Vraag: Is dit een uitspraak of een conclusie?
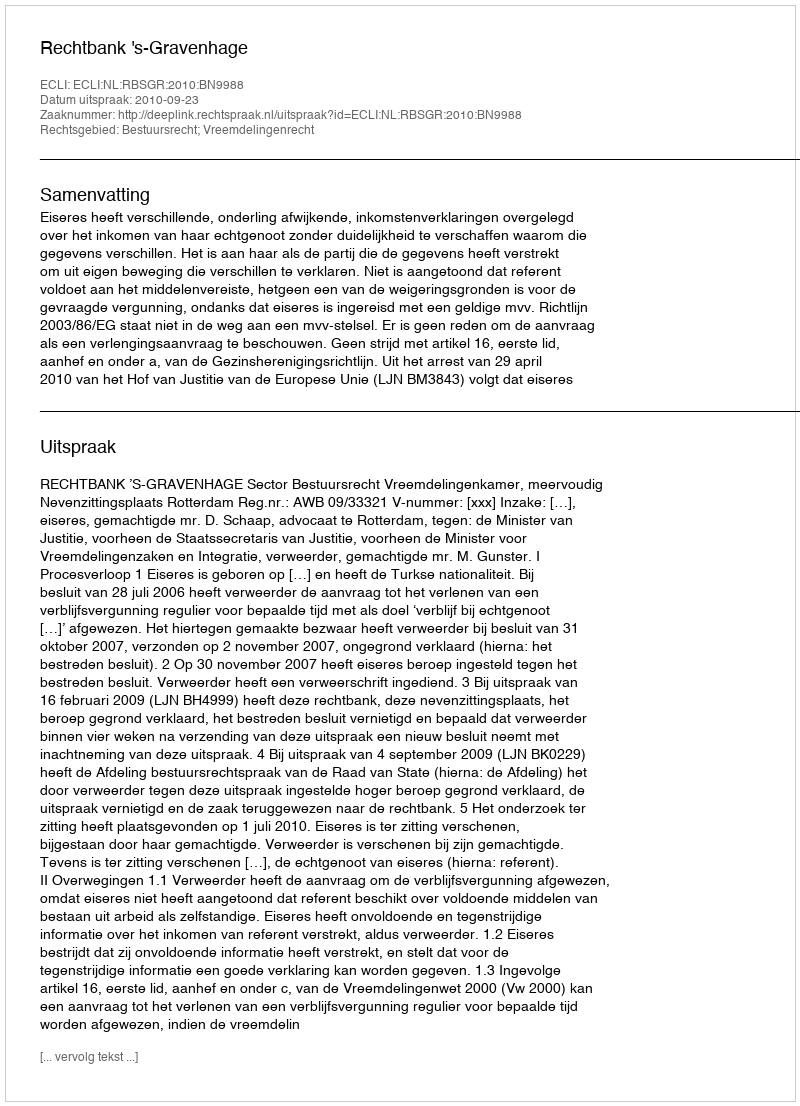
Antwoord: Uitspraak